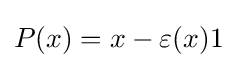
\displaystyle P(x)=x-\varepsilon (x)1